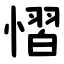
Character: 慴